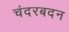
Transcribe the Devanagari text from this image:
चंदरबदन